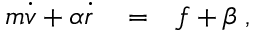
\begin{array} { r l r } { m \dot { v } + \alpha \dot { r } } & { { } = } & { f + \beta \; , } \end{array}